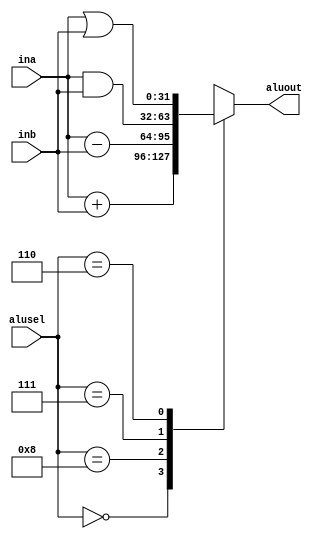
`timescale 1ns / 1ps

module alu(
    input [31:0] ina,
    input [31:0] inb,
    input [3:0] alusel,
    output reg [31:0] aluout
    );

	always @(*)
		case (alusel)
			4'b0000: aluout = ina + inb;
			4'b1000: aluout = ina - inb;
			4'b0111: aluout = ina & inb;
			4'b0110: aluout = ina | inb;
			default: aluout = 32'bx;
		endcase
endmodule